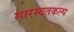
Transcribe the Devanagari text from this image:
सारस्वतकल्प